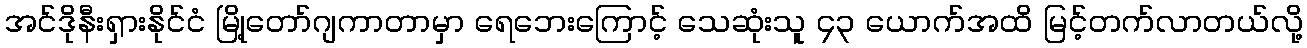
အင်ဒိုနီးရှားနိုင်ငံ မြို့တော်ဂျကာတာမှာ ရေဘေးကြောင့် သေဆုံးသူ ၄၃ ယောက်အထိ မြင့်တက်လာတယ်လို့